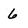
Character: 6